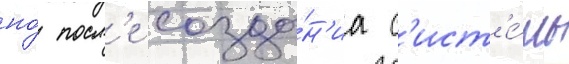
но́ посл'е созда́н'иа с'ист'е́мы